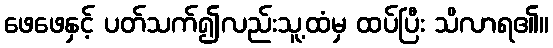
ဖေဖေနှင့် ပတ်သက်၍လည်းသူ့ထံမှ ထပ်ပြီး သိလာရ၏။